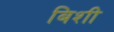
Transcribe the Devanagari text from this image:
बिशी